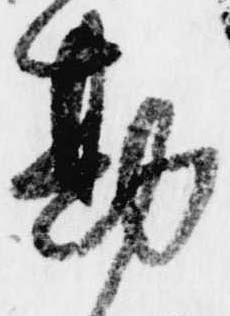
勘